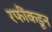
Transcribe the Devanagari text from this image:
रफींकडून